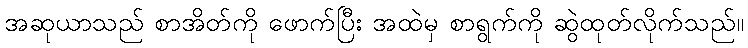
အဆုယာသည် စာအိတ်ကို ဖောက်ပြီး အထဲမှ စာရွက်ကို ဆွဲထုတ်လိုက်သည်။